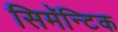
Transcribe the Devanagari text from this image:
सिमॅन्टिक